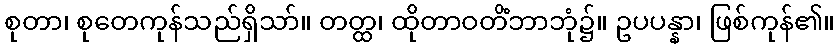
စုတာ၊ စုတေကုန်သည်ရှိသာ်။ တတ္ထ၊ ထိုတာဝတိံဘာဘုံ၌။ ဥပပန္နာ၊ ဖြစ်ကုန်၏။